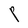
Character: P